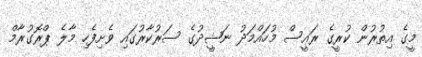
މީގެ އިތުރުން ކުރީގެ ރައީސް މުހައްމަދު ނަޝީދުގެ ސަރުކާރުގައި ވެށިފެހި މާލެ ޕްރޮގުރާމް